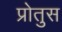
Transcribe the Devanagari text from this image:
प्रोतुस